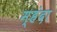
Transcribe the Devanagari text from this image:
म्हंदा